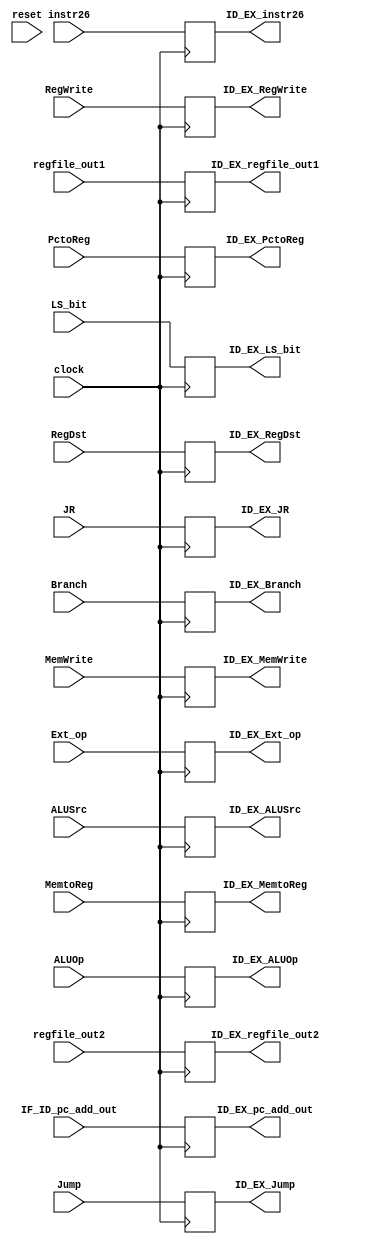
module ID_EX (
    clock, 
    reset,

    LS_bit,
    RegDst, 
    Branch, 
    MemtoReg, 
    ALUOp, 
    MemWrite, 
    ALUSrc, 
    RegWrite, 
    Jump, 
    Ext_op,
    PctoReg,
    JR,
    IF_ID_pc_add_out, 
    regfile_out1, 
    regfile_out2, 
    instr26,

    ID_EX_LS_bit,
    ID_EX_RegDst,   
    ID_EX_Branch,
    ID_EX_MemtoReg,
    ID_EX_ALUOp,
    ID_EX_MemWrite,
    ID_EX_ALUSrc,
    ID_EX_RegWrite,
    ID_EX_Jump,
    ID_EX_Ext_op,
    ID_EX_PctoReg,
    ID_EX_JR,
    ID_EX_regfile_out1,    
    ID_EX_regfile_out2,
    ID_EX_pc_add_out,
    ID_EX_instr26
    );

    // system signal
    input          clock;
    input          reset;

    // input of controller
    input       [ 1: 0] LS_bit;
    input               RegDst;   
    input       [ 1: 0] Branch;
    input               MemtoReg;
    input       [ 3: 0] ALUOp;
    input               MemWrite;
    input               ALUSrc;
    input               RegWrite;
    input               Jump;
    input               Ext_op;
    input               PctoReg;
    input               JR;
    input       [31: 0] regfile_out1;        // input of regfile
    input       [31: 0] regfile_out2;
    input       [31: 0] IF_ID_pc_add_out;    // input of IF/ID
    input       [25: 0] instr26;             // input of instruction left

    output reg  [ 1: 0] ID_EX_LS_bit;  
    output reg          ID_EX_RegDst;  
    output reg  [ 1: 0] ID_EX_Branch;  
    output reg          ID_EX_MemtoReg;
    output reg  [ 3: 0] ID_EX_ALUOp;
    output reg          ID_EX_MemWrite;
    output reg          ID_EX_ALUSrc;
    output reg          ID_EX_RegWrite;
    output reg          ID_EX_Jump;
    output reg          ID_EX_Ext_op;
    output reg          ID_EX_PctoReg;
    output reg          ID_EX_JR;
    output reg  [31: 0] ID_EX_regfile_out1;
    output reg  [31: 0] ID_EX_regfile_out2;
    output reg  [31: 0] ID_EX_pc_add_out;
    output reg  [25: 0] ID_EX_instr26;     

    // always @(negedge reset) begin
    //     ID_EX_pc_add_out        <=  32'h0000_3008; 
    // end   

    always @(posedge clock) begin
        // $display($time, "%h", IF_ID_pc_add_out);
        ID_EX_LS_bit            <=  LS_bit;
        ID_EX_RegDst            <=  RegDst;
        ID_EX_Branch            <=  Branch;
        ID_EX_MemtoReg          <=  MemtoReg;
        ID_EX_ALUOp             <=  ALUOp;
        ID_EX_MemWrite          <=  MemWrite;
        ID_EX_ALUSrc            <=  ALUSrc;
        ID_EX_RegWrite          <=  RegWrite;
        ID_EX_Jump              <=  Jump;
        ID_EX_Ext_op            <=  Ext_op;
        ID_EX_PctoReg           <=  PctoReg;
        ID_EX_JR                <=  JR;
        ID_EX_regfile_out1      <=  regfile_out1;
        ID_EX_regfile_out2      <=  regfile_out2;
        ID_EX_pc_add_out        <=  IF_ID_pc_add_out;
        ID_EX_instr26           <=  instr26;
    end

endmodule //ID_EX